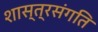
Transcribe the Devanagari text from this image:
शास्त्रसंगति